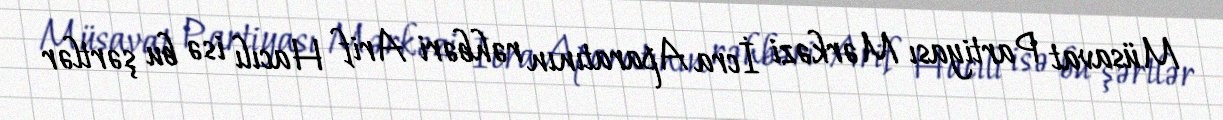
Müsavat Partiyası Mərkəzi İcra Aparatının rəhbəri Arif Hacılı isə bu şərtlər